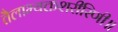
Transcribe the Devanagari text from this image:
तैलाभ्यक्तशरीरिणी॥